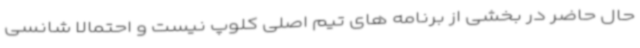
حال حاضر در بخشی از برنامه های تیم اصلی کلوپ نیست و احتمالا شانسی